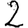
Digit: 2